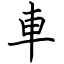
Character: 車